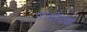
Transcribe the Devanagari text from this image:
पादोदक